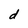
Character: d